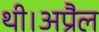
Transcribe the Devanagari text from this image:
थी।अप्रैल